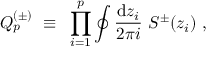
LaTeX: Q _ { p } ^ { ( \pm ) } { } ~ \equiv { } ~ \prod _ { i = 1 } ^ { p } \oint { \frac { \mathrm { d } z _ { i } } { 2 \pi i } } { } ~ { S ^ { \pm } } ( z _ { i } ) { } ~ ,